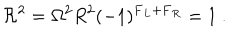
LaTeX: { \cal R } ^ { 2 } = \Omega ^ { 2 } R ^ { 2 } ( - 1 ) ^ { { \bf F } _ { L } + { \bf F } _ { R } } = 1 \ .